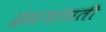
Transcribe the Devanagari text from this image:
इंग्रजांप्रती